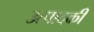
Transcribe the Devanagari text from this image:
उत्पादकी